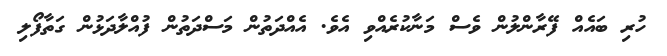
ހުރި ބައެއް ފޭރާންލުން ވެސް މަނާކުރެއްވި އެވެ. އެއްދަތުން މަސްދަތުން ފުއްލާދަޅުން ގަތާފޯލި